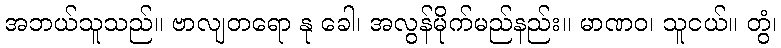
အဘယ်သူသည်။ ဗာလျတရော နု ခေါ၊ အလွန်မိုက်မည်နည်း။ မာဏဝ၊ သူငယ်။ တွံ၊